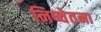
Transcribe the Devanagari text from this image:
निष्चेतना